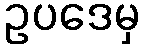
ဥပဒေမှ